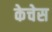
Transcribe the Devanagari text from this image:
केचेस